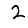
Digit: 2